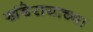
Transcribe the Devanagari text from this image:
खंडेरायाच्या